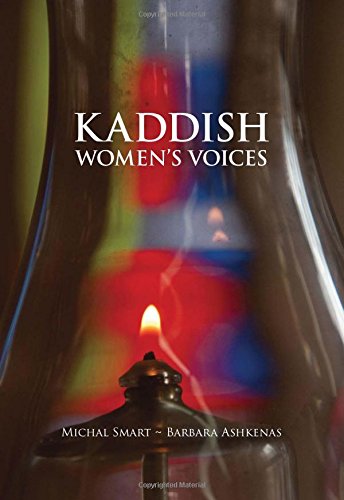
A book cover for Kaddish: Women's Voices; Religion & Spirituality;